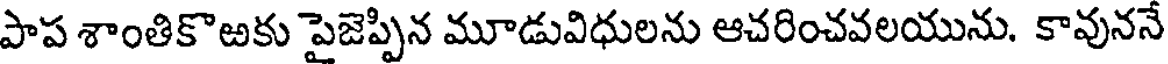
పాప శాంతికొఱకు పైజెప్పిన మూడువిధులను ఆచరించవలయును. కావుననే